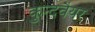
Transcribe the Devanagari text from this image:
कुन्दवैयर